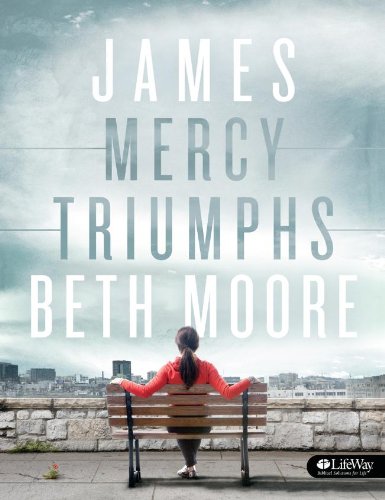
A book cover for James: Mercy Triumphs (Member Book); Beth Moore; Christian Books & Bibles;